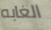
الغابه